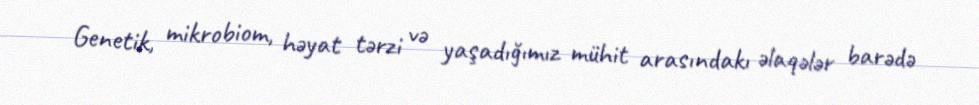
Genetik, mikrobiom, həyat tərzi və yaşadığımız mühit arasındakı əlaqələr barədə